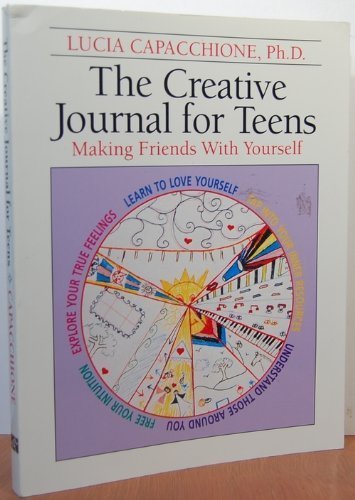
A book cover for The Creative Journal for Teens: Making Friends With Yourself; Lucia Capacchione; Teen & Young Adult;